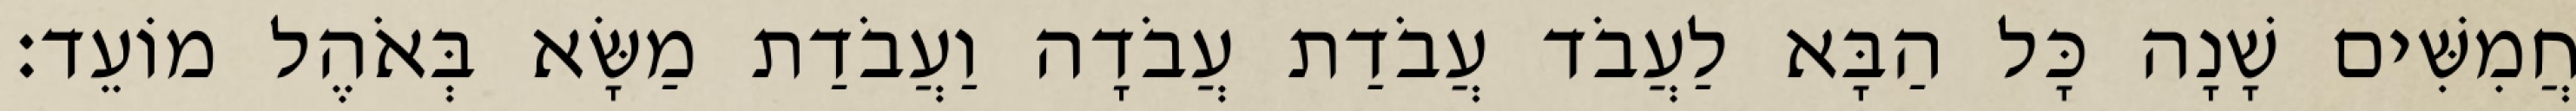
חֲמִשִּׁים שָׁנָה כָּל הַבָּא לַעֲבֹד עֲבֹדַת עֲבֹדָה וַעֲבֹדַת מַשָּׂא בְּאֹהֶל מוֹעֵד׃